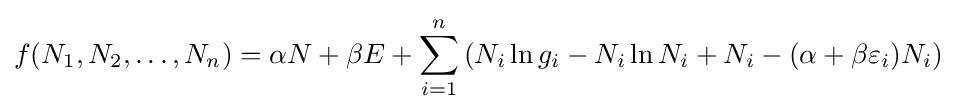
f(N_{1},N_{2},\ldots ,N_{n})=\alpha N+\beta E+\sum _{i=1}^{n}\left(N_{i}\ln g_{i}-N_{i}\ln N_{i}+N_{i}-(\alpha +\beta \varepsilon _{i})N_{i}\right)